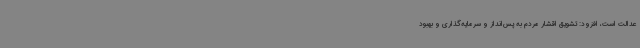
عدالت است، افزود: تشویق اقشار مردم به پس‌انداز و سرمایه‌گذاری و بهبود